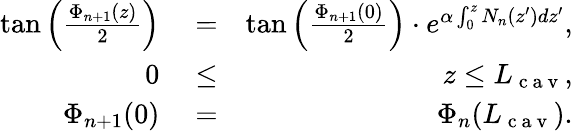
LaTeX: \begin{array}{rlr}{\tan\Big(\frac{\Phi_{n+1}(z)}{2}\Big)}&{{}=}&{\tan\Big(\frac{\Phi_{n+1}(0)}{2}\Big)\cdot e^{\alpha\int_{0}^{z}N_{n}(z^{\prime})dz^{\prime}},}\\ {0}&{{}\le}&{z\le L_{\mathrm{~c~a~v~}},}\\ {\Phi_{n+1}(0)}&{{}=}&{\Phi_{n}(L_{\mathrm{~c~a~v~}}).}\end{array}